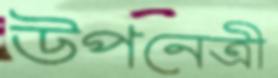
উপনেত্রী